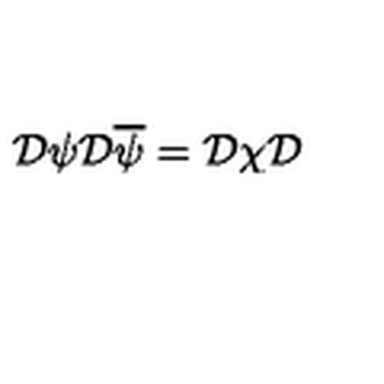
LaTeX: \mathcal { D } \psi \mathcal { D } \overline { { \psi } } = \mathcal { D } \chi \mathcal { D }